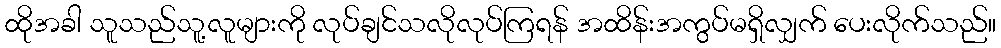
ထိုအခါ သူသည်သူ့လူများကို လုပ်ချင်သလိုလုပ်ကြရန် အထိန်းအကွပ်မရှိလျှက် ပေးလိုက်သည်။